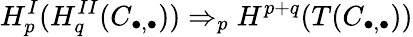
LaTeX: H_{p}^{I}(H_{q}^{II}(C_{\bullet,\bullet}))\Rightarrow_{p}H^{p+q}(T(C_{\bullet,\bullet}))